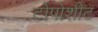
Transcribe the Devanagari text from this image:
टोपोशीट